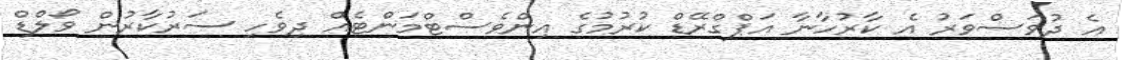
އެ ދުވަސްވަރު އެ ކާރުހާނާ އަޕްގްރޭޑް ކުރުމުގެ އިންވެސްޓްމަންޓެއް ދިވެހި ސަރުކާރުން ވޯލްޑް